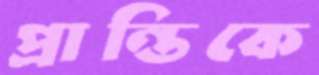
প্রান্তিকে